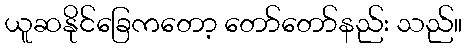
ယူဆနိုင်ခြေကတော့ တော်တော်နည်း သည်။